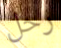
رحل